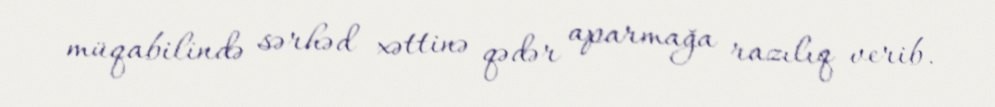
müqabilində sərhəd xəttinə qədər aparmağa razılıq verib.